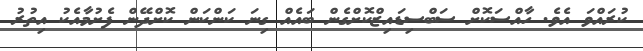
ކުރައްވަ އެވެ. ހާއްސަކޮށް ސަބްސިޑައިޒްކޮށްގެން ބައެއް ގިނަ ކަންކަން ކޮށްދޭން ފެށުމާއެކު އިތުރު